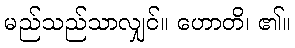
မည်သည်သာလျှင်။ ဟောတိ၊ ၏။